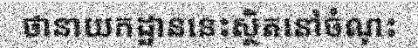
ថានាយកដ្ឋាននេះស្ថិតនៅចំណុះ